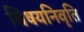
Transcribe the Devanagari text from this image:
विषयनिवृति